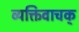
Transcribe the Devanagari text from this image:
व्यक्तिवाचक्